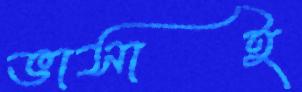
ভাসাই